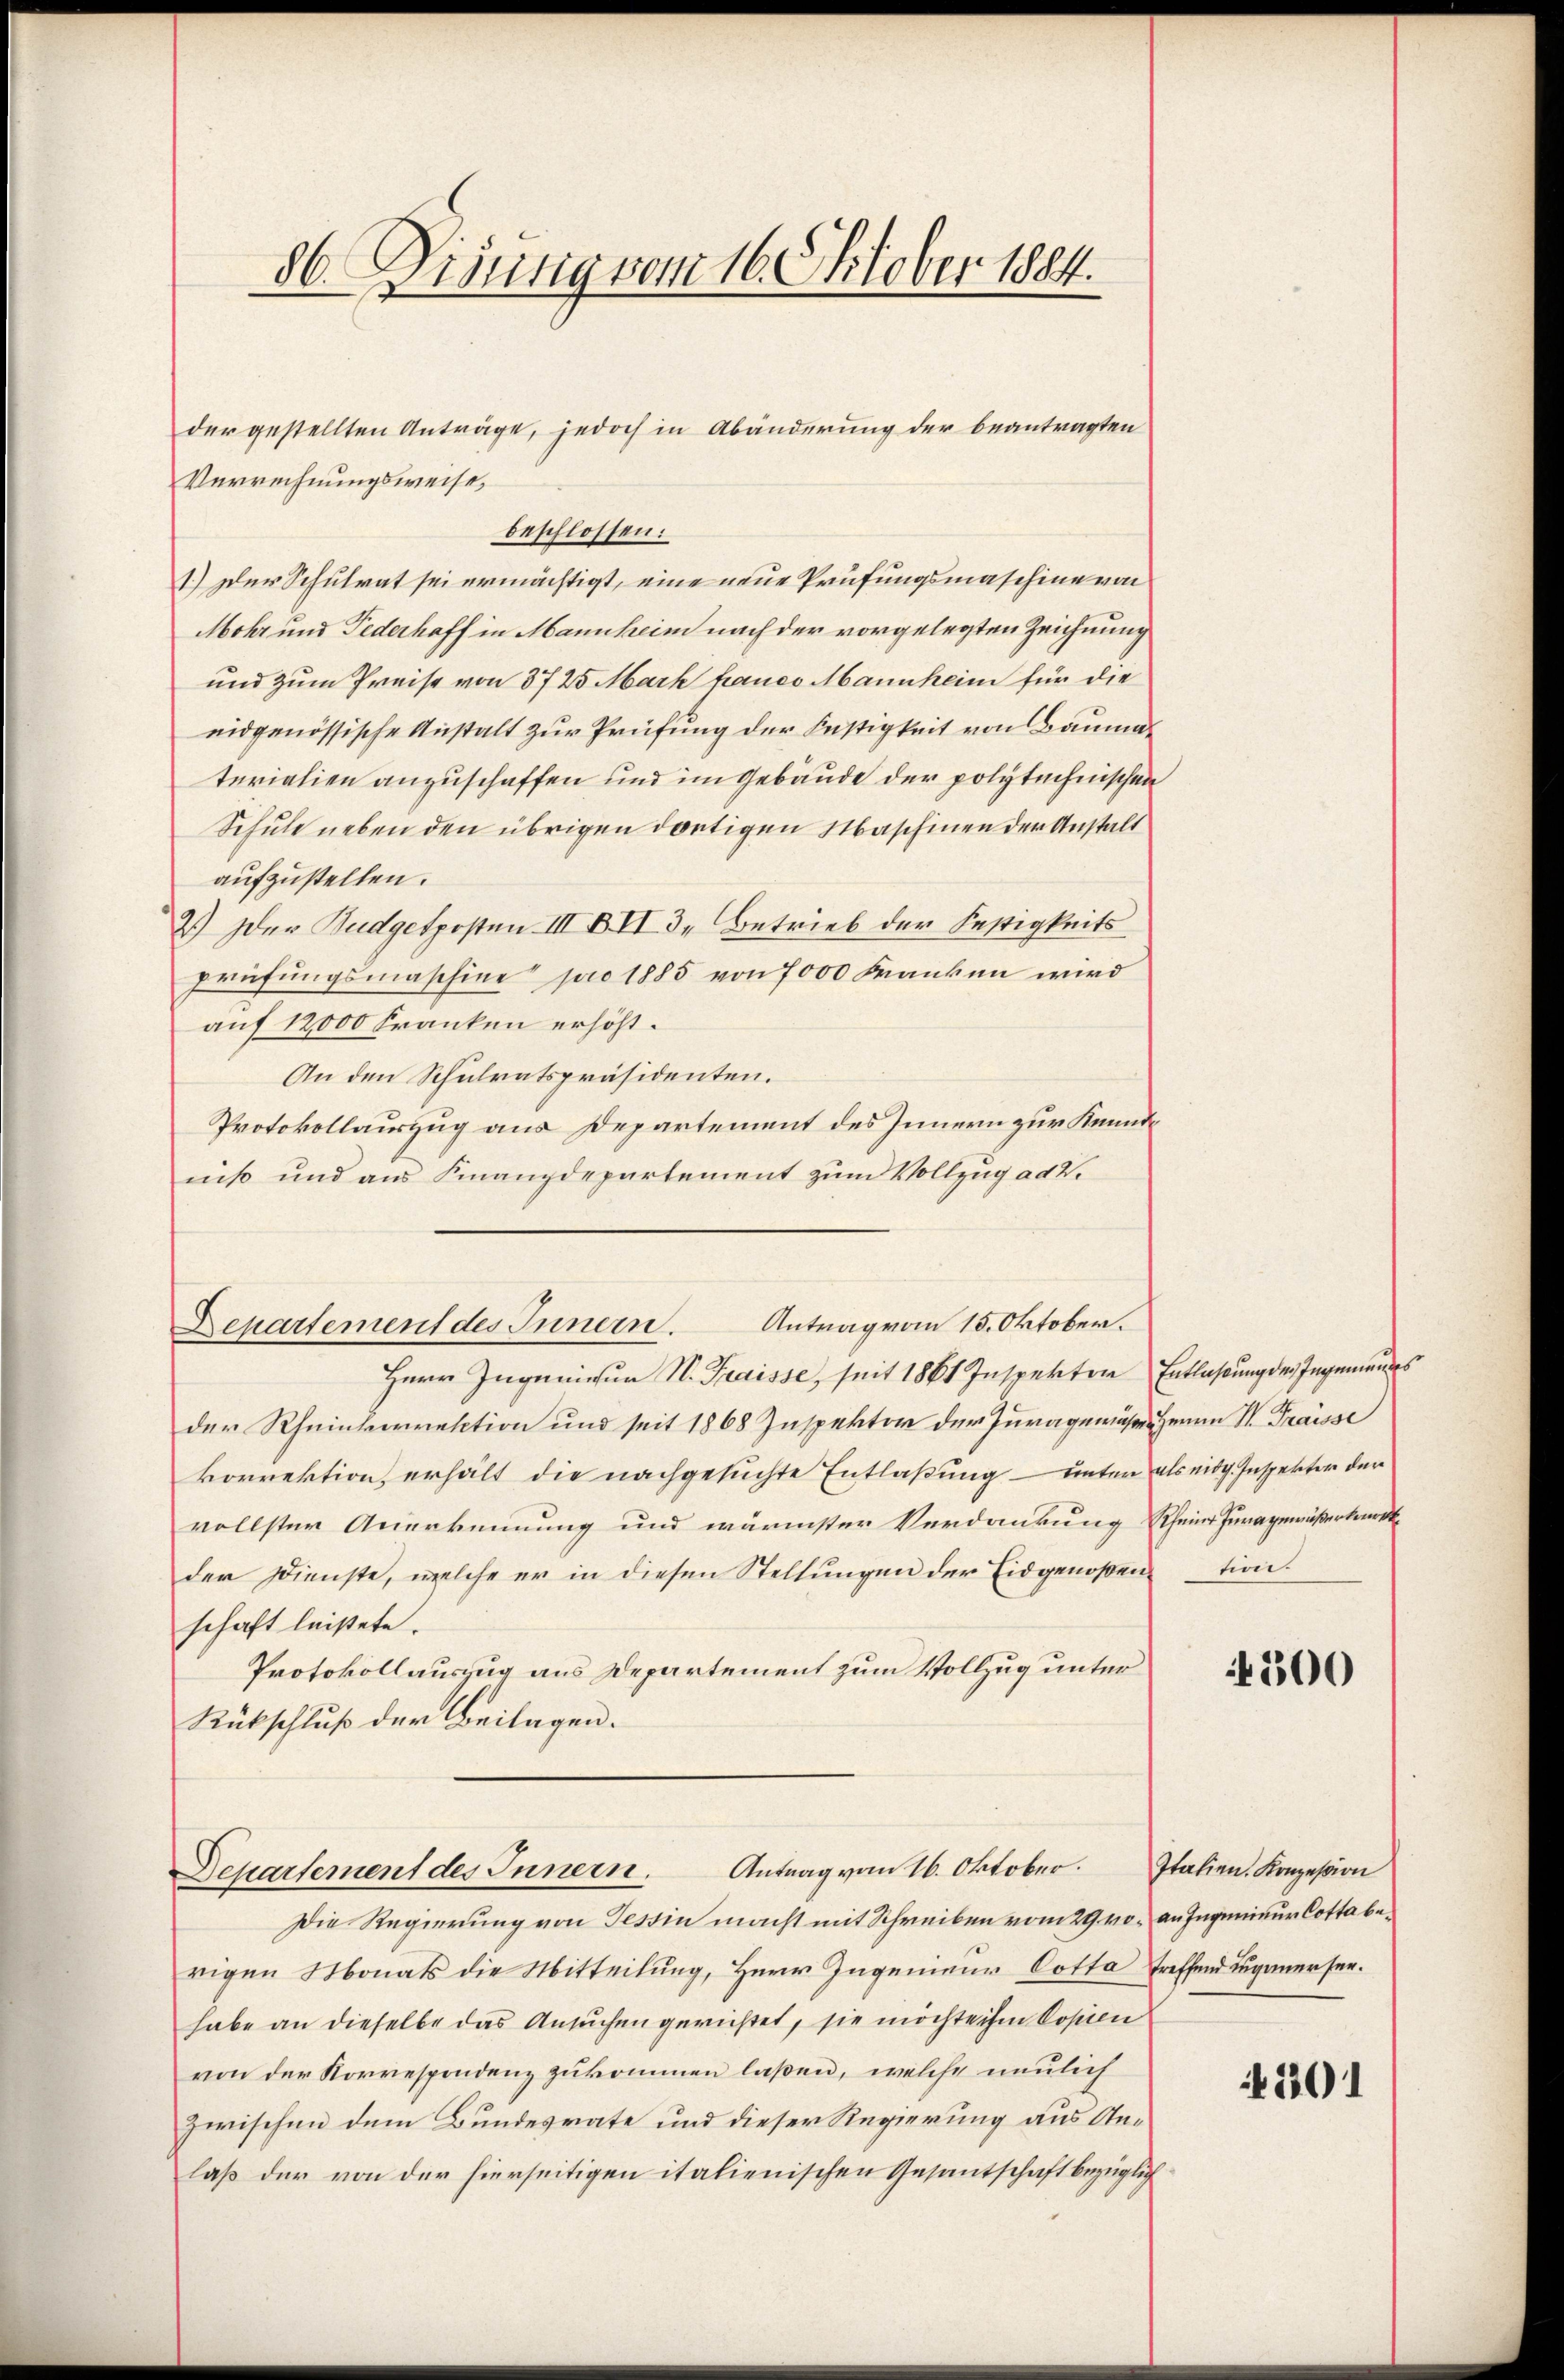
86. Disung vom 16. Oktober 1884.

Verrechnungsweise,
beschlossen:
1.) Der Schulrat sei ermächtigt, eine neue Prüfungsmaschine von
Mohr und Federhoff in Mannheim nach der vorgelegten Zeichnung
und zum Preise von 37 25 Mark panes Mannheim für die
eidgenössische Anstalt zur Prüfung der Füstigkeit von Baumaterialien anzuschaffen und im Gebäude der polytechnischen
Schule neben den übrigen dortigen Maschinen der Anstalt
aufzustellen.
2.) Der Budgetposten III B II 3. Betrieb der Festigkeits
prüfungsmaschine pro 1885 von 7000 Franken wird
auf 12000 Franken erhöht.
An den Schulratspräsidenten.
Protokollauszug aus Departement des Innern zur Kenntniß und aus Finanzdepartement zum Vollzug ad 2.

Herr Ingenieur N. Traisse, seit 1861 Inspektor Entlaßung der Ingenieurs
der Rheinkorrektion und seit 1868 Inspektor der Juragenes Herrn I. Trausse
korrektion, erhält die nachgesuchte Entlaßung – unter als eidg. Inspekter der
vollster Anerkennung und wärmster Verdankung Rheiner Jura gemäßerkr
der Dienste, welche er in diesen Stellungen der Eidgenoßention.
schaft leistete.
Protokollauszug aus Departement zum Vollzug unter
Rückschluß der Beilagen.

Die Regierung von Tessin macht mit Schreiben vom 29. von an Ingenieur Cotta berigen Monats die Mitteilung, Herr Ingenieur Cotta treffend Zuganersen.
habe an dieselbe das Ansuchen gerichtet, sie möchte ihm kopien
von der Korrespondenz zukommen laßen, welche neulich
zwischen dem Bundesrate und dieser Regierung aus Anlaß der von der hierseitigen italienischen Gesantschaft bezüglich

der gestellten Anträge, jedoch in Abänderung der beantragten

Antrag vom 15. Oktober.
Departement des Innern.

Departement des Innern. Antrag vom 16. Oktober. Italien. Konzession

4300

4301